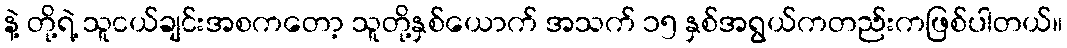
နဲ့ တို့ရဲ့ သူငယ်ချင်းအစကတော့ သူတို့နှစ်ယောက် အသက် ၁၅ နှစ်အရွယ်ကတည်းကဖြစ်ပါတယ်။